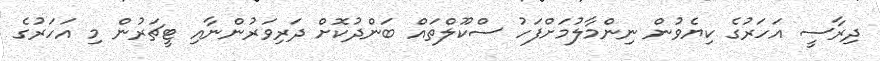
ދިރާސީ އަހަރުގެ ކިޔެވުން ނިންމާލުމަށްފަހު ސްކޫލްތައް ބަންދުކޮށް ދަރިވަރުންނާއި ޓީޗަރުން މި އަހަރުގެ